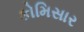
કોમિસાર